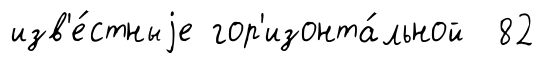
изв'е́стныjе гор'изонта́льной 82